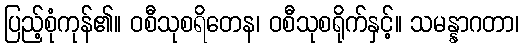
ပြည့်စုံကုန်၏။ ဝစီသုစရိတေန၊ ဝစီသုစရိုက်နှင့်။ သမန္နာဂတာ၊